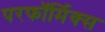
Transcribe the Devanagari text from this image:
परफॉर्मिक्स